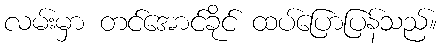
လမ်းမှာ တင်အောင်ခိုင် ထပ်ပြောပြန်သည်။